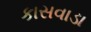
કાસવાડા